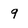
Character: 9